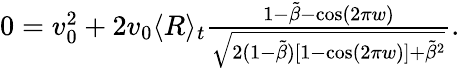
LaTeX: \begin{array}{r}{0=v_{0}^{2}+2v_{0}\langle R\rangle_{t}\frac{1-\tilde{\beta}-\cos(2\pi w)}{\sqrt{2(1-\tilde{\beta})[1-\cos(2\pi w)]+\tilde{\beta}^{2}}}.}\end{array}